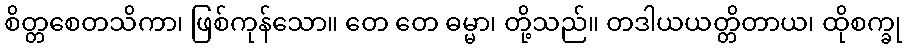
စိတ္တစေတသိကာ၊ ဖြစ်ကုန်သော။ တေ တေ ဓမ္မာ၊ တို့သည်။ တဒါယယတ္တိတာယ၊ ထိုစက္ခု